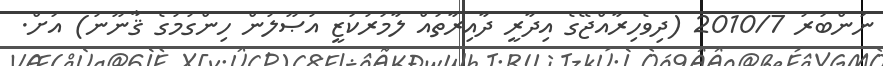
ނަންބަރު 2010/7 (ދިވެހިރާއްޖޭގެ އިދާރީ ދާއިރާތައް ލާމަރުކަޒީ އުޞޫލުން ހިންގުމުގެ ޤާނޫނު) އަށް.